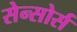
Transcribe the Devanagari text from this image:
सेन्सोर्स